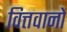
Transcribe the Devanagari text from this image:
वित्तवानों